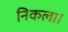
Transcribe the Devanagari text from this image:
निकला।